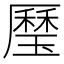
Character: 㻺